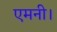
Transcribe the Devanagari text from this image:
एमनी।